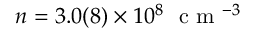
n = 3 . 0 ( 8 ) \times 1 0 ^ { 8 } ~ \mathrm { ~ c ~ m ~ } ^ { - 3 }